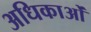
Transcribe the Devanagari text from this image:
अधिकाओं